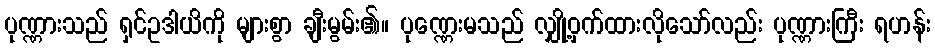
ပုဏ္ဏားသည် ရှင်ဥဒါယိကို များစွာ ချီးမွမ်း၏။ ပုဏ္ဏေးမသည် လျှို့ဝှက်ထားလိုသော်လည်း ပုဏ္ဏားကြီး ရဟန်း